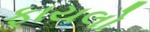
ફાયલો